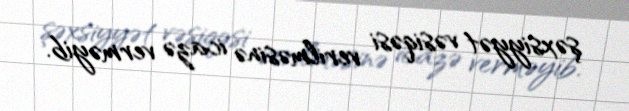
şəxsiyyət vəsiqəsi verilməsinə icazə verməyib.